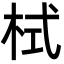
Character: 栻